Madras plague regulations in force outside the Presidency town - Volume 1
Disease focus: Plague
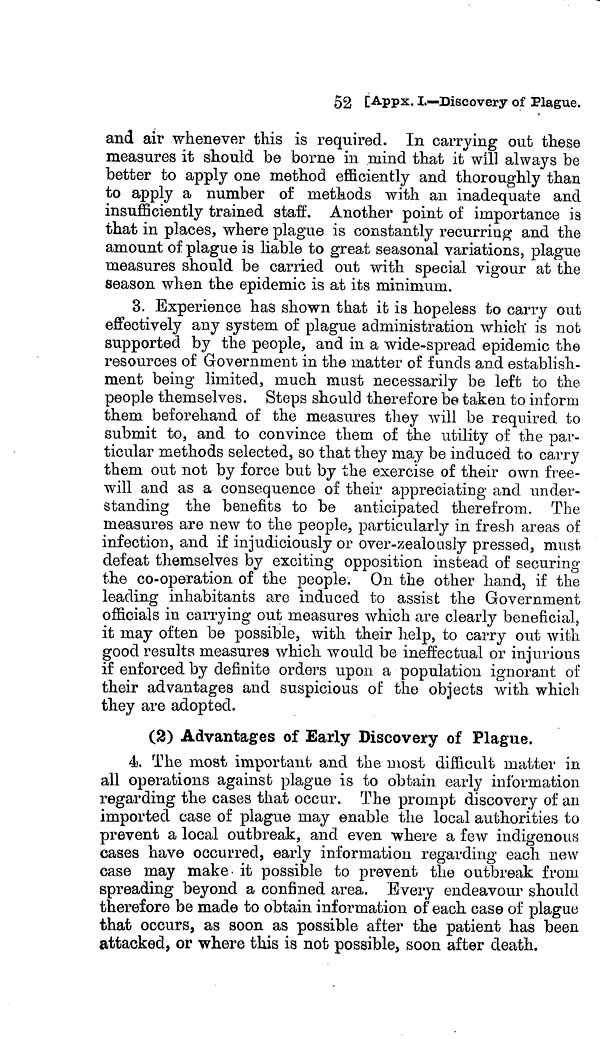
52 [ APPX.L—Discovery of Plague.
and air whenever this is required. In carrying out these
measures it should be borne in mind that it will always be
better to apply one method efficiently and thoroughly than
to apply a number of methods with an inadequate and
insufficiently trained staff. Another point of importance is
that in places, where plague is constantly recurring and the
amount of plague is liable to great seasonal variations, plague
measures should be carried out with special vigour at the
season when the epidemic is at its minimum.
3. Experience has shown that it is hopeless to carry out
effectively any system of plague administration which is not
supported by the people, and in a wide-spread epidemic the
resources of Government in the matter of funds and establish-
ment being limited, much must necessarily be left to the
people themselves. Steps should therefore be taken to inform
them beforehand of the measures they will be required to
submit to, and to convince them of the utility of the par-
ticular methods selected, so that they may be induced to carry
them out not by force but by the exercise of their own free-
will and as a consequence of their appreciating and under-
standing the benefits to be anticipated therefrom. The
measures are new to the people, particularly in fresh areas of
infection, and if injudiciously or over-zealously pressed, must
defeat themselves by exciting opposition instead of securing
the co-operation of the people. On the other hand, if the
leading inhabitants are induced to assist the Government
officials in carrying out measures which are clearly beneficial,
it may often be possible, with their help, to carry out with
good results measures which would be ineffectual or injurious
if enforced by definite orders upon a population ignorant of
their advantages and suspicious of the objects with which
they are adopted.
(2) Advantages of Early Discovery of Plague.
4. The most important and the most difficult matter in
all operations against plague is to obtain early information
regarding the cases that occur. The prompt discovery of an
imported case of plague may enable the local authorities to
prevent a local outbreak, and even where a few indigenous
cases have occurred, early information regarding each new
case may make- it possible to prevent the outbreak from
spreading beyond a confined area. Every endeavour should
therefore be made to obtain information of each case of plague
that occurs, as soon as possible after the patient has been
attacked, or where this is not possible, soon after death.